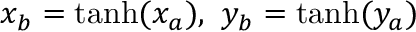
x _ { b } = \operatorname { t a n h } ( x _ { a } ) , \ y _ { b } = \operatorname { t a n h } ( y _ { a } )